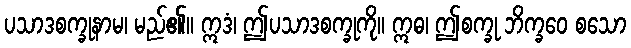
ပသာဒစက္ခုနာမ၊ မည်၏။ ဣဒံ၊ ဤပသာဒစက္ခုကို။ ဣဓ၊ ဤစက္ခု ဘိက္ခဝေ စသော